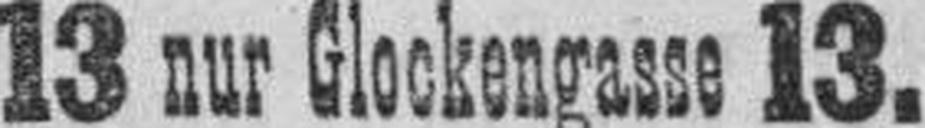
13 nur Glockengasse 13.